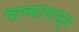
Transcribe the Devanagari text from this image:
चाच्यांपासून